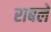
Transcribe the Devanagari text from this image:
राबले